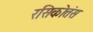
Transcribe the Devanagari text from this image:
रसिकोत्तंस